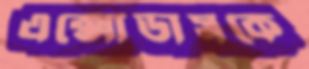
এক্সোডাসকে